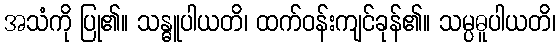
အသံကို ပြု၏။ သန္ဓူပါယတိ၊ ထက်ဝန်းကျင်ခုန်၏။ သမ္ပဓူပါယတိ၊